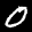
Label: 0